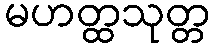
မဟတ္ထသုတ္တ